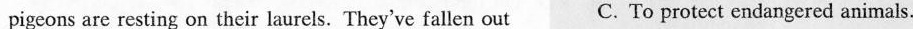
pigeons are resting on their laurels. They've fallen out C. To protect endangered animals.